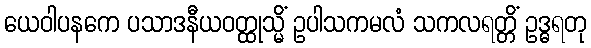
ယေဝါပနကေ ပသာဒနီယဝတ္ထုသ္မိံ ဥပါသကမလံ သကလရတ္တိံ ဥဒ္ဓရတု